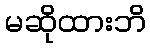
မဆိုထားဘိ